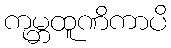
ကုမ္ဘထူဏိကာပိ